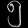
Digit: ၅